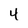
Character: 4